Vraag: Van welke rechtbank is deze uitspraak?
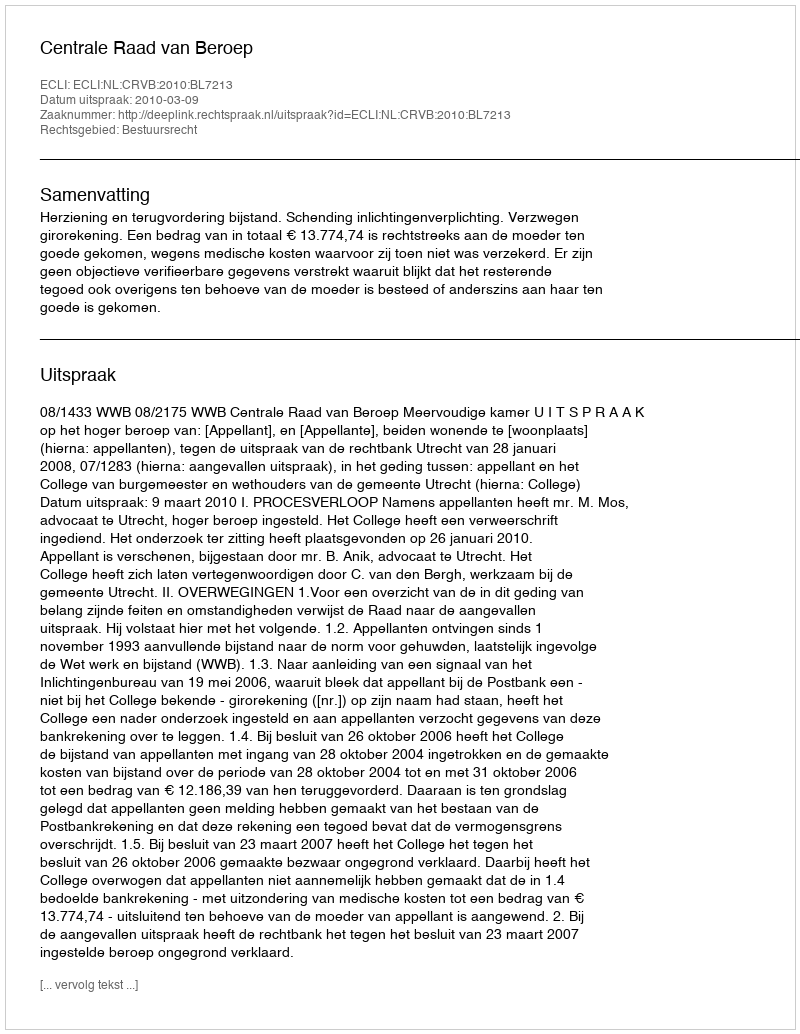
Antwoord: Centrale Raad van Beroep